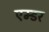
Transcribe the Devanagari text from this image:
एम्डर